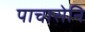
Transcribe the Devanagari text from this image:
पाचारोनि